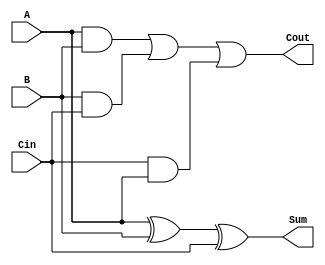
module AsynchronousFullAdder (
    input wire A,      // First input bit
    input wire B,      // Second input bit
    input wire Cin,    // Carry-in bit
    output wire Sum,   // Resultant sum
    output wire Cout   // Carry-out bit
);

// Sum calculation using XOR gates
assign Sum = A ^ B ^ Cin;

// Carry-out calculation using AND and OR gates
assign Cout = (A & B) | (B & Cin) | (Cin & A);

endmodule